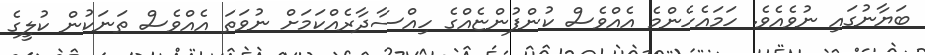
ބަޔާނުގައި ނުވެއެވެ. ހަމައެހެންމެ އެއްވެސް ކުންފުންޏެއްގެ ހިއްސާދާރެއްކަމަށް ނުވަތަ އެއްވެސް ތަނަކުން ކުލީގެ